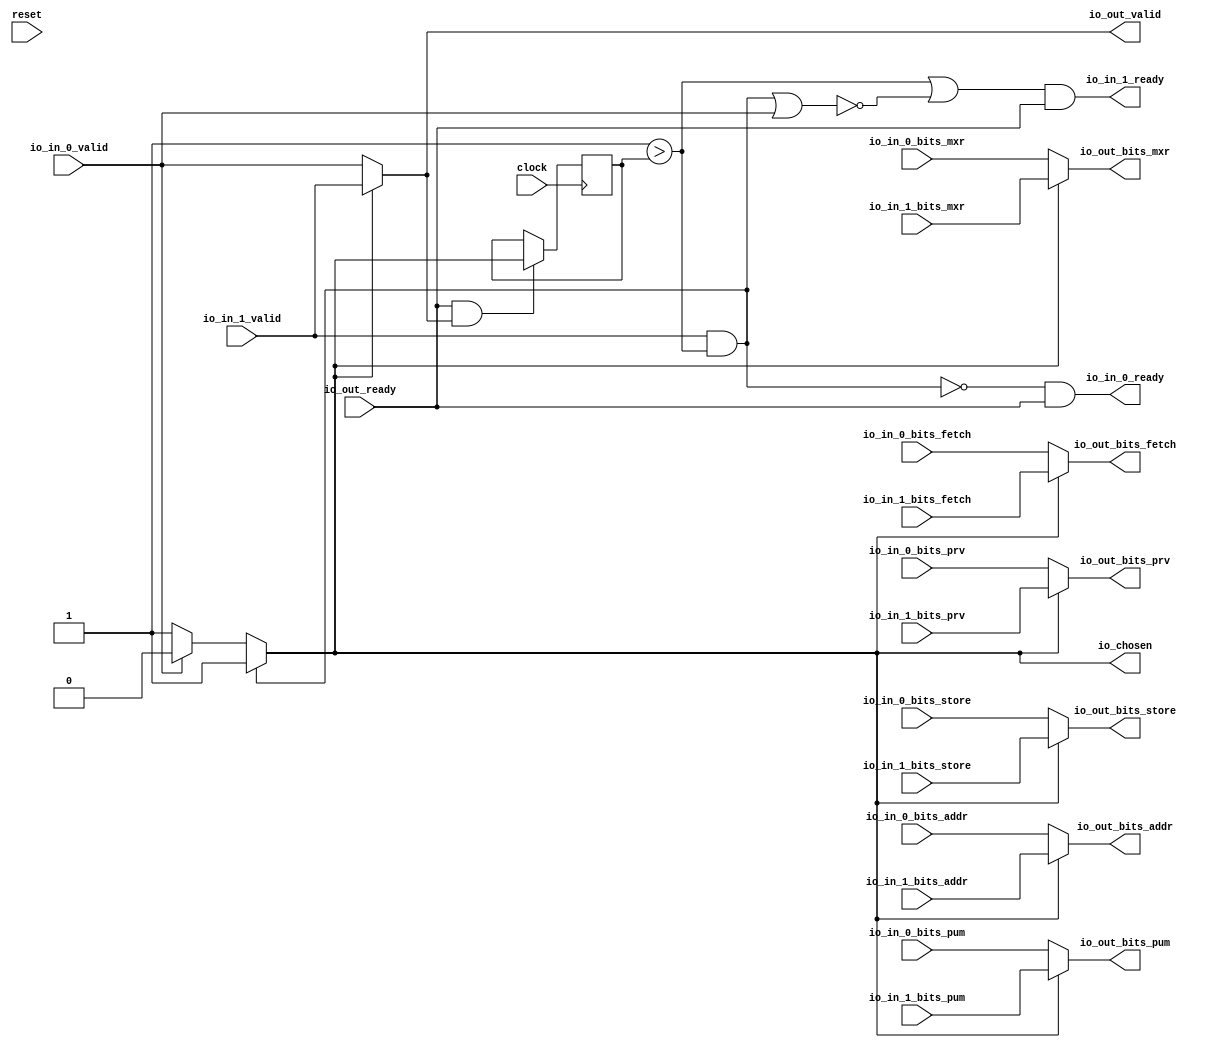
module RRArbiter(
  input   clock,
  input   reset,
  output  io_in_0_ready,
  input   io_in_0_valid,
  input  [1:0] io_in_0_bits_prv,
  input   io_in_0_bits_pum,
  input   io_in_0_bits_mxr,
  input  [26:0] io_in_0_bits_addr,
  input   io_in_0_bits_store,
  input   io_in_0_bits_fetch,
  output  io_in_1_ready,
  input   io_in_1_valid,
  input  [1:0] io_in_1_bits_prv,
  input   io_in_1_bits_pum,
  input   io_in_1_bits_mxr,
  input  [26:0] io_in_1_bits_addr,
  input   io_in_1_bits_store,
  input   io_in_1_bits_fetch,
  input   io_out_ready,
  output  io_out_valid,
  output [1:0] io_out_bits_prv,
  output  io_out_bits_pum,
  output  io_out_bits_mxr,
  output [26:0] io_out_bits_addr,
  output  io_out_bits_store,
  output  io_out_bits_fetch,
  output  io_chosen
);
  wire  choice;
  wire  GEN_0_ready;
  wire  GEN_0_valid;
  wire [1:0] GEN_0_bits_prv;
  wire  GEN_0_bits_pum;
  wire  GEN_0_bits_mxr;
  wire [26:0] GEN_0_bits_addr;
  wire  GEN_0_bits_store;
  wire  GEN_0_bits_fetch;
  wire  GEN_7;
  wire  GEN_8;
  wire [1:0] GEN_9;
  wire  GEN_10;
  wire  GEN_11;
  wire [26:0] GEN_12;
  wire  GEN_13;
  wire  GEN_14;
  wire  GEN_1_ready;
  wire  GEN_1_valid;
  wire [1:0] GEN_1_bits_prv;
  wire  GEN_1_bits_pum;
  wire  GEN_1_bits_mxr;
  wire [26:0] GEN_1_bits_addr;
  wire  GEN_1_bits_store;
  wire  GEN_1_bits_fetch;
  wire  GEN_2_ready;
  wire  GEN_2_valid;
  wire [1:0] GEN_2_bits_prv;
  wire  GEN_2_bits_pum;
  wire  GEN_2_bits_mxr;
  wire [26:0] GEN_2_bits_addr;
  wire  GEN_2_bits_store;
  wire  GEN_2_bits_fetch;
  wire  GEN_3_ready;
  wire  GEN_3_valid;
  wire [1:0] GEN_3_bits_prv;
  wire  GEN_3_bits_pum;
  wire  GEN_3_bits_mxr;
  wire [26:0] GEN_3_bits_addr;
  wire  GEN_3_bits_store;
  wire  GEN_3_bits_fetch;
  wire  GEN_4_ready;
  wire  GEN_4_valid;
  wire [1:0] GEN_4_bits_prv;
  wire  GEN_4_bits_pum;
  wire  GEN_4_bits_mxr;
  wire [26:0] GEN_4_bits_addr;
  wire  GEN_4_bits_store;
  wire  GEN_4_bits_fetch;
  wire  GEN_5_ready;
  wire  GEN_5_valid;
  wire [1:0] GEN_5_bits_prv;
  wire  GEN_5_bits_pum;
  wire  GEN_5_bits_mxr;
  wire [26:0] GEN_5_bits_addr;
  wire  GEN_5_bits_store;
  wire  GEN_5_bits_fetch;
  wire  GEN_6_ready;
  wire  GEN_6_valid;
  wire [1:0] GEN_6_bits_prv;
  wire  GEN_6_bits_pum;
  wire  GEN_6_bits_mxr;
  wire [26:0] GEN_6_bits_addr;
  wire  GEN_6_bits_store;
  wire  GEN_6_bits_fetch;
  wire  T_220;
  reg  lastGrant;
  reg [31:0] GEN_0;
  wire  GEN_15;
  wire  grantMask_1;
  wire  validMask_1;
  wire  T_224;
  wire  T_228;
  wire  T_230;
  wire  T_234;
  wire  T_235;
  wire  T_236;
  wire  GEN_16;
  wire  GEN_17;
  assign io_in_0_ready = T_235;
  assign io_in_1_ready = T_236;
  assign io_out_valid = GEN_0_valid;
  assign io_out_bits_prv = GEN_1_bits_prv;
  assign io_out_bits_pum = GEN_2_bits_pum;
  assign io_out_bits_mxr = GEN_3_bits_mxr;
  assign io_out_bits_addr = GEN_4_bits_addr;
  assign io_out_bits_store = GEN_5_bits_store;
  assign io_out_bits_fetch = GEN_6_bits_fetch;
  assign io_chosen = choice;
  assign choice = GEN_17;
  assign GEN_0_ready = GEN_7;
  assign GEN_0_valid = GEN_8;
  assign GEN_0_bits_prv = GEN_9;
  assign GEN_0_bits_pum = GEN_10;
  assign GEN_0_bits_mxr = GEN_11;
  assign GEN_0_bits_addr = GEN_12;
  assign GEN_0_bits_store = GEN_13;
  assign GEN_0_bits_fetch = GEN_14;
  assign GEN_7 = io_chosen ? io_in_1_ready : io_in_0_ready;
  assign GEN_8 = io_chosen ? io_in_1_valid : io_in_0_valid;
  assign GEN_9 = io_chosen ? io_in_1_bits_prv : io_in_0_bits_prv;
  assign GEN_10 = io_chosen ? io_in_1_bits_pum : io_in_0_bits_pum;
  assign GEN_11 = io_chosen ? io_in_1_bits_mxr : io_in_0_bits_mxr;
  assign GEN_12 = io_chosen ? io_in_1_bits_addr : io_in_0_bits_addr;
  assign GEN_13 = io_chosen ? io_in_1_bits_store : io_in_0_bits_store;
  assign GEN_14 = io_chosen ? io_in_1_bits_fetch : io_in_0_bits_fetch;
  assign GEN_1_ready = GEN_7;
  assign GEN_1_valid = GEN_8;
  assign GEN_1_bits_prv = GEN_9;
  assign GEN_1_bits_pum = GEN_10;
  assign GEN_1_bits_mxr = GEN_11;
  assign GEN_1_bits_addr = GEN_12;
  assign GEN_1_bits_store = GEN_13;
  assign GEN_1_bits_fetch = GEN_14;
  assign GEN_2_ready = GEN_7;
  assign GEN_2_valid = GEN_8;
  assign GEN_2_bits_prv = GEN_9;
  assign GEN_2_bits_pum = GEN_10;
  assign GEN_2_bits_mxr = GEN_11;
  assign GEN_2_bits_addr = GEN_12;
  assign GEN_2_bits_store = GEN_13;
  assign GEN_2_bits_fetch = GEN_14;
  assign GEN_3_ready = GEN_7;
  assign GEN_3_valid = GEN_8;
  assign GEN_3_bits_prv = GEN_9;
  assign GEN_3_bits_pum = GEN_10;
  assign GEN_3_bits_mxr = GEN_11;
  assign GEN_3_bits_addr = GEN_12;
  assign GEN_3_bits_store = GEN_13;
  assign GEN_3_bits_fetch = GEN_14;
  assign GEN_4_ready = GEN_7;
  assign GEN_4_valid = GEN_8;
  assign GEN_4_bits_prv = GEN_9;
  assign GEN_4_bits_pum = GEN_10;
  assign GEN_4_bits_mxr = GEN_11;
  assign GEN_4_bits_addr = GEN_12;
  assign GEN_4_bits_store = GEN_13;
  assign GEN_4_bits_fetch = GEN_14;
  assign GEN_5_ready = GEN_7;
  assign GEN_5_valid = GEN_8;
  assign GEN_5_bits_prv = GEN_9;
  assign GEN_5_bits_pum = GEN_10;
  assign GEN_5_bits_mxr = GEN_11;
  assign GEN_5_bits_addr = GEN_12;
  assign GEN_5_bits_store = GEN_13;
  assign GEN_5_bits_fetch = GEN_14;
  assign GEN_6_ready = GEN_7;
  assign GEN_6_valid = GEN_8;
  assign GEN_6_bits_prv = GEN_9;
  assign GEN_6_bits_pum = GEN_10;
  assign GEN_6_bits_mxr = GEN_11;
  assign GEN_6_bits_addr = GEN_12;
  assign GEN_6_bits_store = GEN_13;
  assign GEN_6_bits_fetch = GEN_14;
  assign T_220 = io_out_ready & io_out_valid;
  assign GEN_15 = T_220 ? io_chosen : lastGrant;
  assign grantMask_1 = 1'h1 > lastGrant;
  assign validMask_1 = io_in_1_valid & grantMask_1;
  assign T_224 = validMask_1 | io_in_0_valid;
  assign T_228 = validMask_1 == 1'h0;
  assign T_230 = T_224 == 1'h0;
  assign T_234 = grantMask_1 | T_230;
  assign T_235 = T_228 & io_out_ready;
  assign T_236 = T_234 & io_out_ready;
  assign GEN_16 = io_in_0_valid ? 1'h0 : 1'h1;
  assign GEN_17 = validMask_1 ? 1'h1 : GEN_16;
`ifdef RANDOMIZE
  integer initvar;
  initial begin
    `ifndef verilator
      #0.002 begin end
    `endif
  `ifdef RANDOMIZE_REG_INIT
  GEN_0 = {1{$random}};
  lastGrant = GEN_0[0:0];
  `endif
  end
`endif
  always @(posedge clock) begin
    if(1'h0) begin
    end else begin
      if(T_220) begin
        lastGrant <= io_chosen;
      end
    end
  end
endmodule